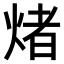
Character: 𤌄